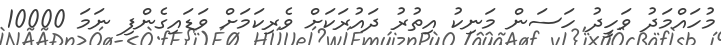
މުހައްމަދު ވަހީދު ހަސަން މަނިކު އިތުރު ދައުރަކަށް ވެރިކަމަށް ވަޑައިގެންފި ނަމަ 10000